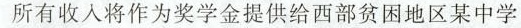
所有收入将作为奖学金提供给西部贫困地区某中学